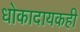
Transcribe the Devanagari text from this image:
धोकादायकही